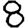
Digit: 8